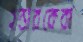
হন্তারকেরা